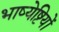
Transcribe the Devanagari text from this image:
भाष्येष्टियों